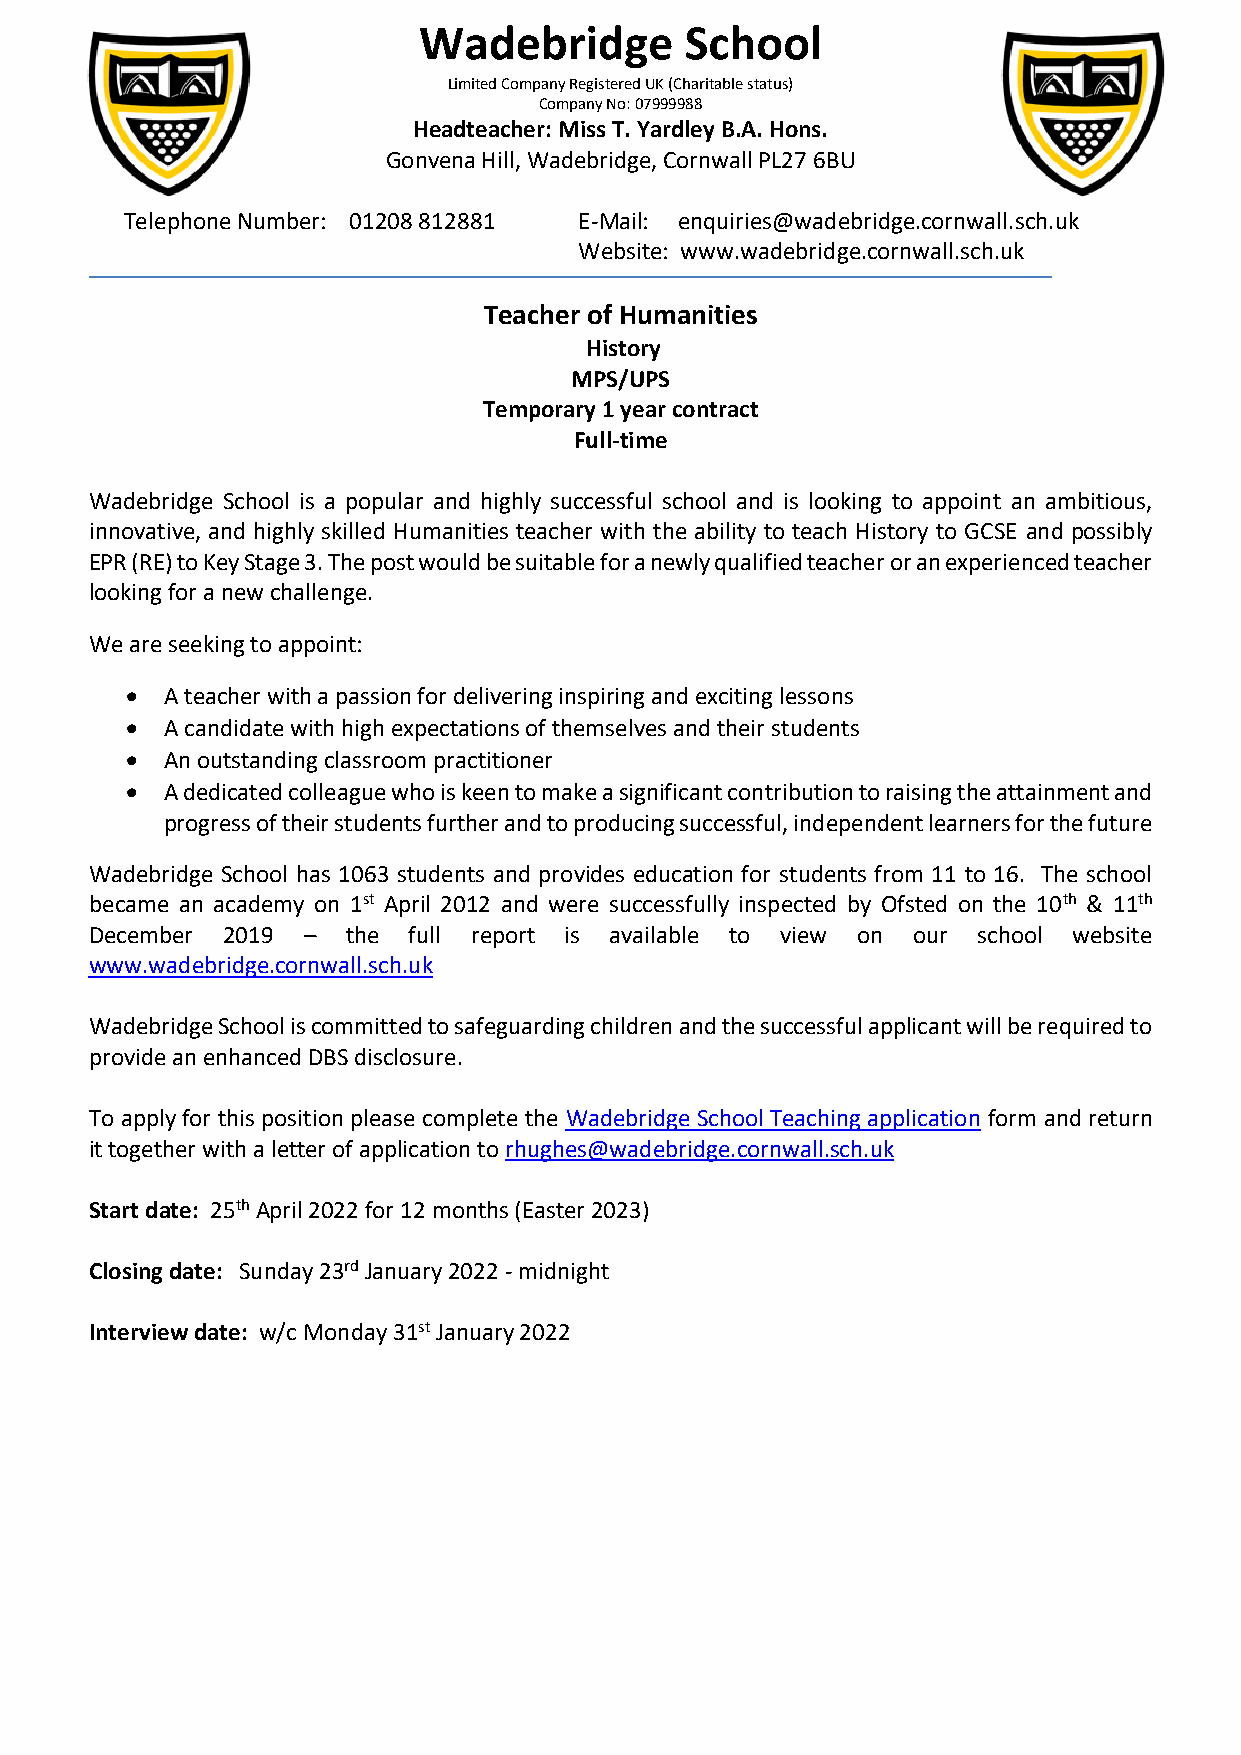
Wadebridge       School
 Limited Company Registered UK (Charitable status)
 Company No: 07999988
 Headteacher: Miss T. Yardley B.A. Hons.
 Gonvena Hill, Wadebridge, Cornwall PL27 6BU
 Telephone Number: 01208 812881 E-Mail: enquiries@wadebridge.cornwall.sch.uk
 Website: www.wadebridge.cornwall.sch.uk
 Teacher of Humanities
 History
 MPS/UPS
 Temporary 1 year contract
 Full-time
 Wadebridge School is a popular and highly successful school and is looking to appoint an ambitious,
 innovative, and highly skilled Humanities teacher with the ability to teach History to GCSE and possibly
 EPR (RE) to Key Stage 3. The post would be suitable for a newly qualified teacher or an experienced teacher
 looking for a new challenge.
 We are seeking to appoint:
 •  A teacher with a passion for delivering inspiring and exciting lessons
 •  A candidate with high expectations of themselves and their students
 •  An outstanding classroom practitioner
 •  A dedicated colleague who is keen to make a significant contribution to raising the attainment and
 progress of their students further and to producing successful, independent learners for the future
 Wadebridge School has 1063 students and provides education for students from 11 to 16. The school
 became an academy on 1st April 2012 and were successfully inspected by Ofsted on the 10th & 11th
 December 2019 –  the full report is available to view on our school website
 www.wadebridge.cornwall.sch.uk
 Wadebridge School is committed to safeguarding children and the successful applicant will be required to
 provide an enhanced DBS disclosure.
 To apply for this position please complete the Wadebridge School Teaching application form and return
 it together with a letter of application to rhughes@wadebridge.cornwall.sch.uk
 Start date: 25th April 2022 for 12 months (Easter 2023)
 Closing date: Sunday 23rd January 2022 - midnight
 Interview date: w/c Monday 31st January 2022